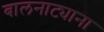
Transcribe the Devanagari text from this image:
बालनाट्याना